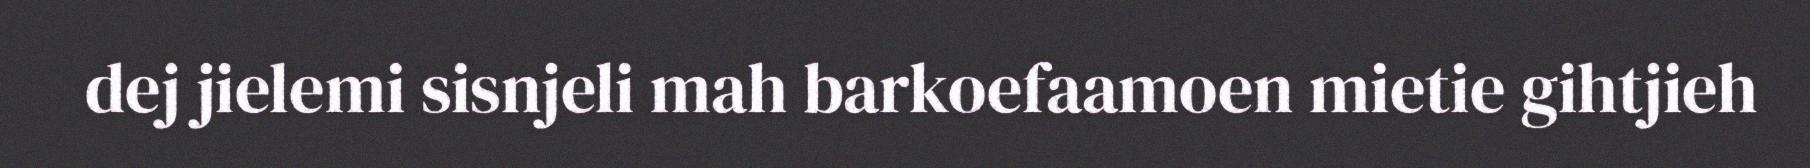
dej jielemi sisnjeli mah barkoefaamoen mietie gihtjieh